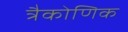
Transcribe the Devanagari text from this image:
त्रैकोणिक